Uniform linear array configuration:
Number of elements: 48
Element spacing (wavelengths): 1
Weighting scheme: cosine
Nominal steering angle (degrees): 0
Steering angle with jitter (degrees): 0.8322
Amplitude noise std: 0.05
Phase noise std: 0.05

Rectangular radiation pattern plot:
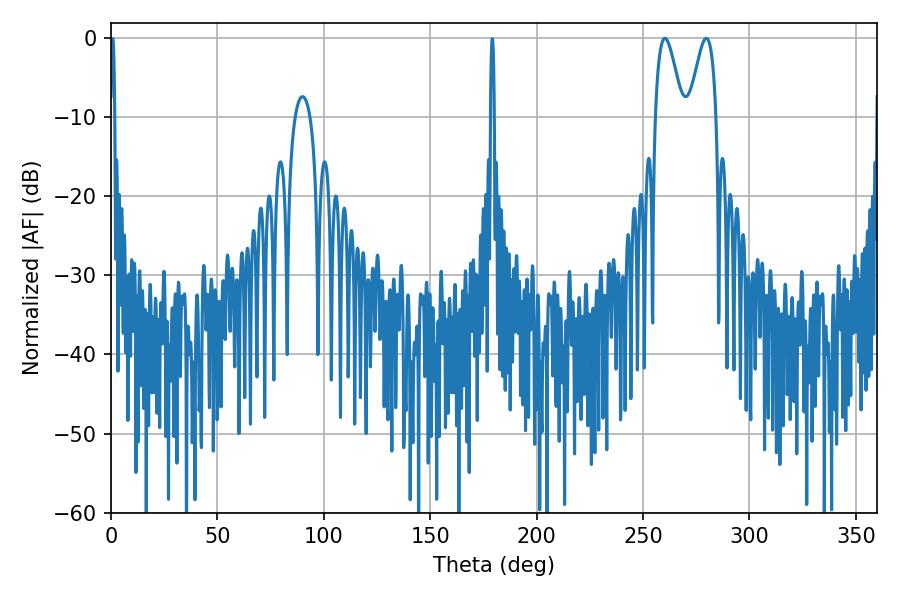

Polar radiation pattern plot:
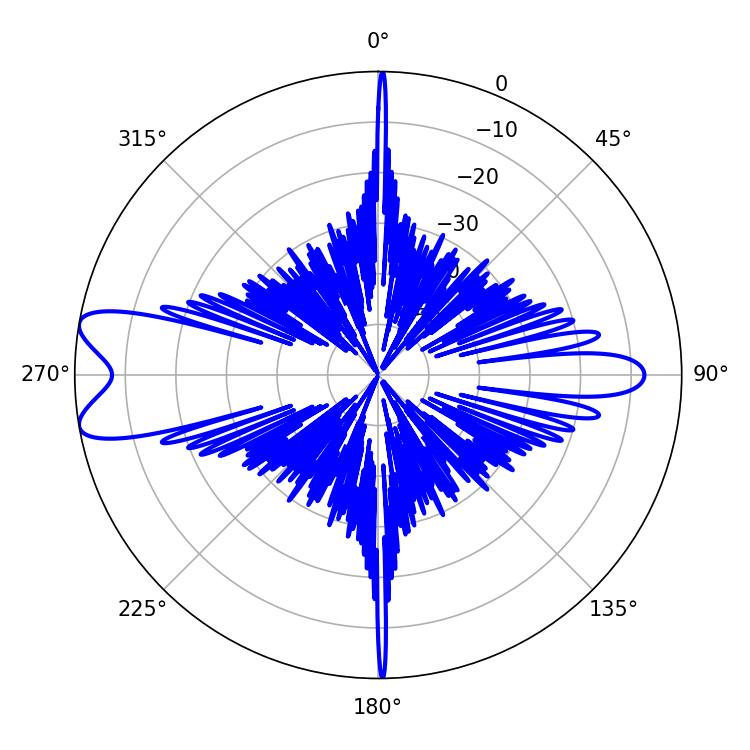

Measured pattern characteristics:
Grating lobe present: TRUE
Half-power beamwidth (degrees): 6.84
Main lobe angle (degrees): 260.28